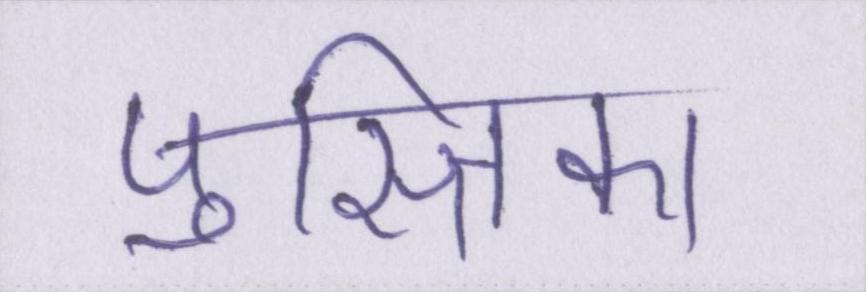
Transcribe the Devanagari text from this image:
पुस्तिका